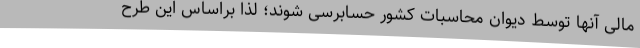
مالی آنها توسط دیوان محاسبات کشور حسابرسی شوند؛ لذا براساس این طرح